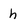
Character: h